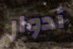
أدوار